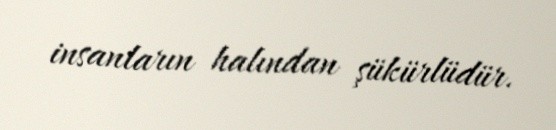
insanların halından şükürlüdür.